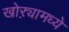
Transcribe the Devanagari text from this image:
खोऱ्यामध्ये